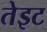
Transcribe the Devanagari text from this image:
तेइट